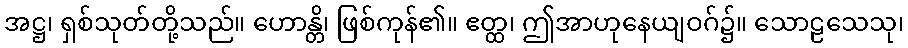
အဋ္ဌ၊ ရှစ်သုတ်တို့သည်။ ဟောန္တိ၊ ဖြစ်ကုန်၏။ ဧတ္ထ၊ ဤအာဟုနေယျဝဂ်၌။ သောဠသေသု၊